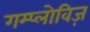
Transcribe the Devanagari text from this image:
गम्प्लोविज़